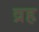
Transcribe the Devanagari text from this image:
व्रह